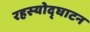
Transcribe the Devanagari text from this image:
रहस्‍योद्घाटन